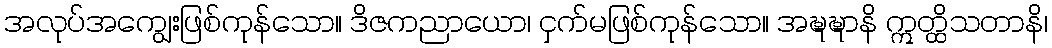
အလုပ်အကျွေးဖြစ်ကုန်သော။ ဒိဇကညာယော၊ ငှက်မဖြစ်ကုန်သော။ အဍ္ဎဍ္ဎာနိ ဣတ္ထိသတာနိ၊